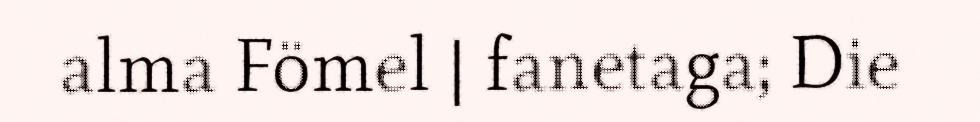
alma Fömel | fanetaga; Die